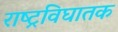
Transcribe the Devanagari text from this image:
राष्ट्रविघातक